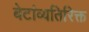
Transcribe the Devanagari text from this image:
बेटांव्यतिरिक्त